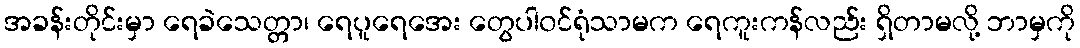
အခန်းတိုင်းမှာ ရေခဲသေတ္တာ၊ ရေပူရေအေး တွေပါ၀င်ရုံသာမက ရေကူးကန်လည်း ရှိတာမလို့ ဘာမှကို